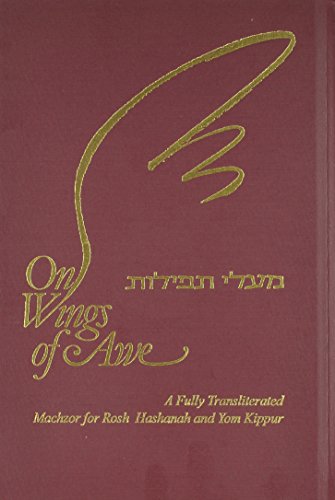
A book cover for On Wings of Awe: A Fully Transliterated Machzor for Rosh Hashanah and Yom Kippur; Religion & Spirituality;